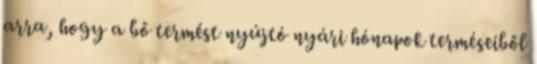
arra, hogy a bő termést nyújtó nyári hónapok terméseiből